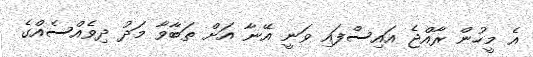
އެ މީހުން ރާއްޖެ އައިސްފައި ވަނީ އޭނާ އަށް ތަބާވާ މަދު ދިވެއްސެއްގެ